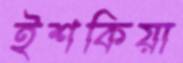
ইশকিয়া